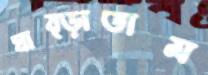
ঘাব্‌ড়াতাম